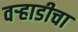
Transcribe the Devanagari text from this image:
वऱ्हाडीचा